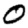
Digit: 0